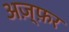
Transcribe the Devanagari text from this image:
अज़्फ़र